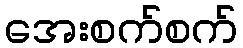
အေးစက်စက်